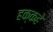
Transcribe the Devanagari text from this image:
हक्कहे